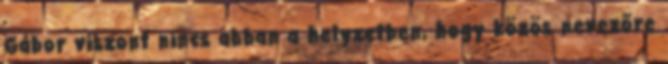
Gábor viszont nincs abban a helyzetben, hogy közös nevezőre